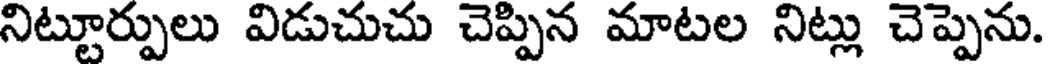
నిట్టూర్పులు విడుచుచు చెప్పిన మాటల నిట్లు చెప్పెను.